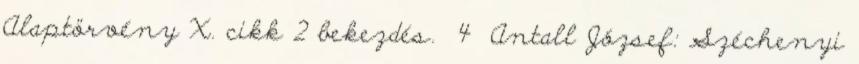
Alaptörvény X. cikk 2 bekezdés. 4 Antall József: Széchenyi